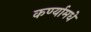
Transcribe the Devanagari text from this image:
कर्ण्यामधे